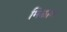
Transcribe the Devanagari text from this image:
मिळाव